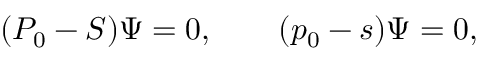
( P _ { 0 } - S ) \Psi = 0 , \qquad ( p _ { 0 } - s ) \Psi = 0 ,